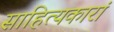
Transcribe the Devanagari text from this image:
साहित्यकारां